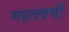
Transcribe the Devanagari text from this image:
महत्त्वची